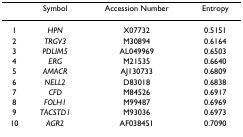
<table><thead><tr><td></td><td><b>Symbol</b></td><td><b>Accession Number</b></td><td><b>Entropy</b></td></tr></thead><tbody><tr><td>1</td><td><i>HPN</i></td><td>X07732</td><td>0.5151</td></tr><tr><td>2</td><td><i>TRGV3</i></td><td>M30894</td><td>0.6164</td></tr><tr><td>3</td><td><i>PDLIM5</i></td><td>AL049969</td><td>0.6503</td></tr><tr><td>4</td><td><i>ERG</i></td><td>M21535</td><td>0.6640</td></tr><tr><td>5</td><td><i>AMACR</i></td><td>AJ130733</td><td>0.6809</td></tr><tr><td>6</td><td><i>NELL2</i></td><td>D83018</td><td>0.6838</td></tr><tr><td>7</td><td><i>CFD</i></td><td>M84526</td><td>0.6917</td></tr><tr><td>8</td><td><i>FOLH1</i></td><td>M99487</td><td>0.6969</td></tr><tr><td>9</td><td><i>TACSTD1</i></td><td>M93036</td><td>0.6973</td></tr><tr><td>10</td><td><i>AGR2</i></td><td>AF038451</td><td>0.7090</td></tr></tbody></table>